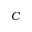
C